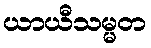
ယာယီသမ္မတ